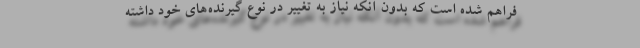
فراهم شده است که بدون آنکه نیاز به تغییر در نوع گیرنده‌های خود داشته